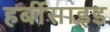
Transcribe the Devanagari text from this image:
हर्बीसाइड